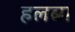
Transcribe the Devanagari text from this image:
हलबा